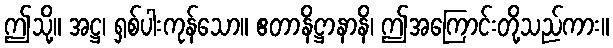
ဤသို့။ အဋ္ဌ၊ ရှစ်ပါးကုန်သော။ ဧတာနိဋ္ဌာနာနိ၊ ဤအကြောင်းတို့သည်ကား။